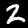
Digit: 2